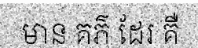
មាន គភ៌ ដែរ គឺ